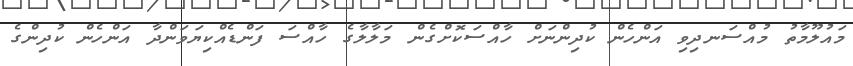
މައުލޫމާތު މުއްސަނދިވި އަންހެން ކުދިންނަށް ހާއްސަކޮށްގެން މަލާލާގެ ހާއްސަ ފަންޑެއްކިޔަވަންދާ އަންހެން ކުދިންގެ